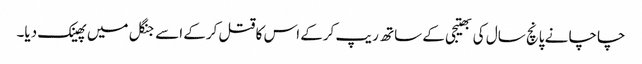
چاچا نے پانچ سال کی بھتیجی کے ساتھ ریپ کرکے اس کا قتل کرکے اسے جنگل میں پھینک دیا۔